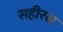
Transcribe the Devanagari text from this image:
सहीरस